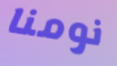
نومنا